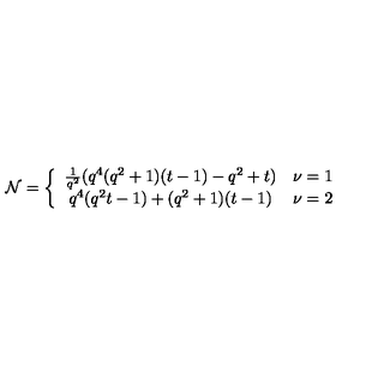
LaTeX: { \cal N } = \left\{ \begin{array} { c l } { \frac { 1 } { q ^ { 2 } } ( q ^ { 4 } ( q ^ { 2 } + 1 ) ( t - 1 ) - q ^ { 2 } + t ) } & { \nu = 1 } \\ { q ^ { 4 } ( q ^ { 2 } t - 1 ) + ( q ^ { 2 } + 1 ) ( t - 1 ) } & { \nu = 2 } \\ \end{array} \right.